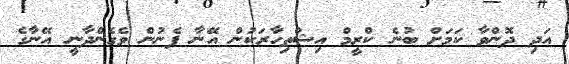
އަދި ދޮންވާ ކަމަށް ބުނެ ކްރީމް އިޝްތިހާރަކުން އޭނާ ފެނުން ވެގެންދާނީ އޭނާގެ